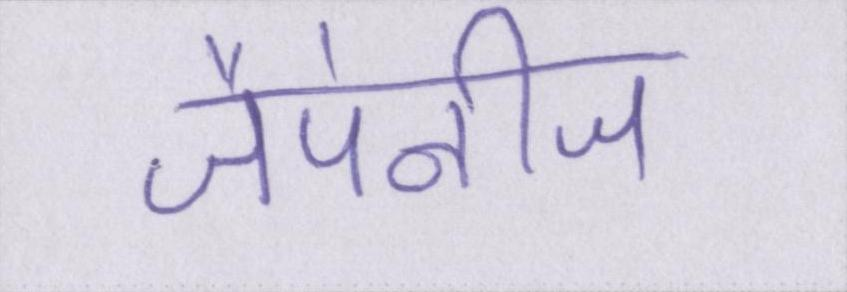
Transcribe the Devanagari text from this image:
जैपेनीज